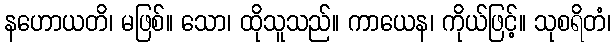
နဟောယတိ၊ မဖြစ်။ သော၊ ထိုသူသည်။ ကာယေန၊ ကိုယ်ဖြင့်။ သုစရိတံ၊